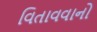
વિતાવવાનો